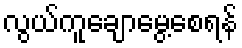
လွယ်ကူချောမွေ့စေရန်